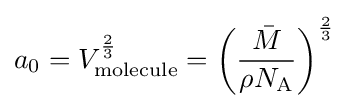
a_{0}=V_{\text{molecule}}^{\frac {2}{3}}=\left({\frac {\bar {M}}{\rho N_{\text{A}}}}\right)^{\frac {2}{3}}